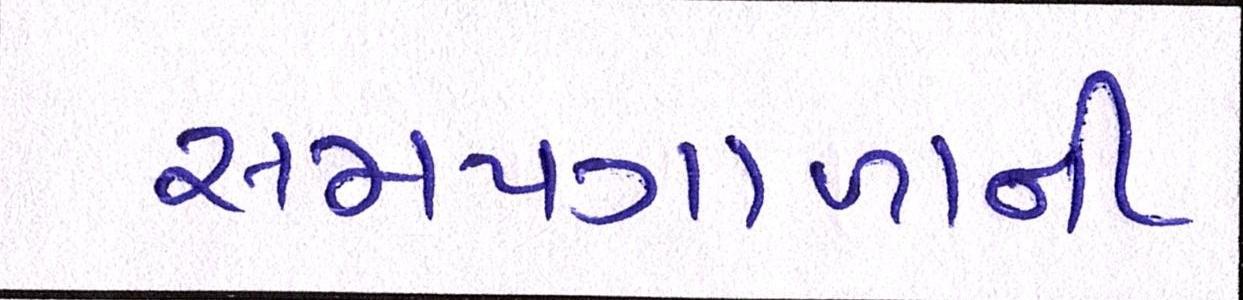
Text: સમયગાળાની